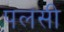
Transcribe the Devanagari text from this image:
पलसी